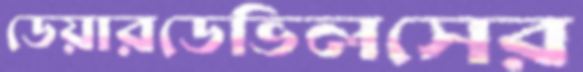
ডেয়ারডেভিলসের